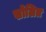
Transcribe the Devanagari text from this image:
खोलित